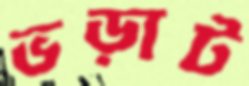
ভড়াট